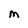
Character: M